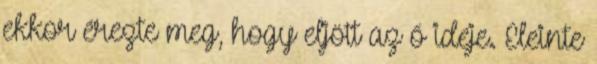
ekkor érezte meg, hogy eljött az ő ideje. Eleinte